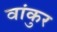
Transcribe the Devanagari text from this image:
वांकुर